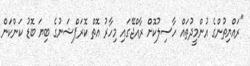
"ރައްޔިތުންގެ އުންމީދުތައް ހާސިލުކޮށް ރާއްޖޭގައި މިހާރު އޮތް ކޮރަޕްޝަނުގެ ބިޔަ ބޮޑު ކަންކަން